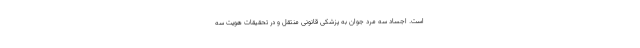
است. اجساد سه مرد جوان به پزشکی قانونی منتقل و در تحقیقات هویت سه